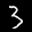
Label: 3